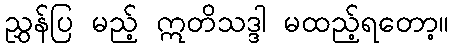
ညွှန်ပြ မည့် ဣတိသဒ္ဒါ မထည့်ရတော့။